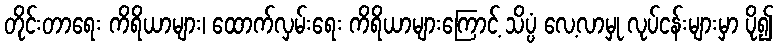
တိုင်းတာရေး ကိရိယာများ၊ ထောက်လှမ်းရေး ကိရိယာများကြောင့် သိပ္ပံ လေ့လာမှု လုပ်ငန်းများမှာ ပို၍